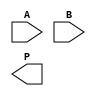
module wallace_tree_multiplier #(parameter N = 4) (
    input [N-1:0] A, // Multiplicand A
    input [N-1:0] B, // Multiplicand B
    output reg [2*N-1:0] P // Product output
);

// Partial product generation
wire [N-1:0] pp [0:N-1]; // Partial products
genvar i, j;
generate
    for (i = 0; i < N; i = i + 1) begin : pp_gen
        assign pp[i] = A & {N{B[i]}}; // AND each bit of A with each bit of B
    end
endgenerate

// Wallace Tree Reduction
wire [N-1:0] sum [0:N-1]; // Sums from adders
wire [N-1:0] carry [0:N-1]; // Carries from adders

// Stage 1: Reduce partial products
generate
    for (i = 0; i < N; i = i + 1) begin : stage1
        if (i % 3 == 0) begin
            // Use half adders for pairs
            if (i + 1 < N) begin
                assign {carry[i], sum[i]} = pp[i] + pp[i + 1];
            end else begin
                assign sum[i] = pp[i];
                assign carry[i] = 0;
            end
        end
    end
endgenerate

// Stage 2: Further reduction
wire [N-1:0] sum2 [0:N-1];
wire [N-1:0] carry2 [0:N-1];

generate
    for (i = 0; i < N; i = i + 1) begin : stage2
        if (i % 3 == 0) begin
            assign {carry2[i], sum2[i]} = sum[i] + sum[i + 1] + carry[i];
        end
    end
endgenerate

// Final addition
wire [2*N-1:0] final_sum;
wire [2*N-1:0] final_carry;

assign final_sum = {carry2[N-1], sum2[N-1]} + {1'b0, sum2[N-2]} + {1'b0, carry2[N-2]};

// Assign final product
always @(*) begin
    P = final_sum;
end

endmodule